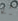
هي